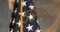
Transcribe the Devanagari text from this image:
गुयुकचा